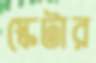
স্কেটার